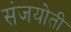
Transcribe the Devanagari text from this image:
संजयोती